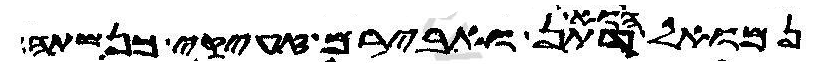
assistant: הוא דתן ואבירם זעיקי כנשתה